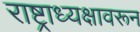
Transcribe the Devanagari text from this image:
राष्ट्राध्यक्षावरून